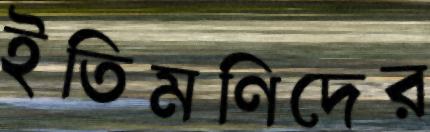
ইতিমণিদের